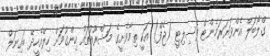
ގްލޯބަލް އެންވަޔަރަމެންޓް ފެސިލިޓީ (ޖެފް) އަކީ ތިމާވެށީގެ މަޝްރޫއުތައް ހިންގުމަށް ހިލޭއެހީދޭ ބައިނަލް